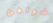
شواطئ